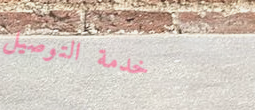
خدمة التوصيل